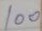
100